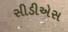
સીડીએસ